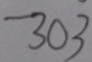
3 0 3